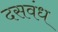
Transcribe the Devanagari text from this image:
दसवंध